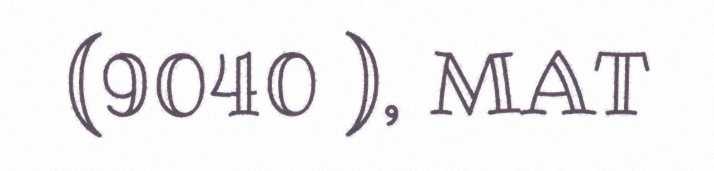
(9040 ), MAT